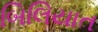
બિલિયાત